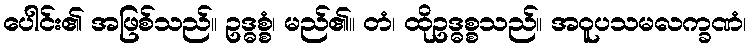
ပေါင်း၏ အဖြစ်သည်။ ဥဒ္ဓစ္စံ၊ မည်၏။ တံ၊ ထိုဥဒ္ဓစ္စသည်။ အဝူပသမလက္ခဏံ၊